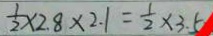
\frac { 1 } { 2 } \times 2 . 8 \times 2 . 1 = \frac { 1 } { 2 } \times 3 . 5